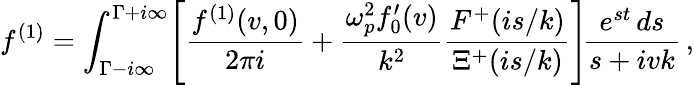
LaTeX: f^{(1)}=\int_{\Gamma-i\infty}^{\Gamma+i\infty}\! \left[\frac{f^{(1)}(v,0)}{2\pi i}+\frac{\omega_{p}^{2}f_{0}^{\prime}(v)}{k^{2}}\frac{F^{+}(is/k)}{\Xi^{+}(is/k)}\right]\! \frac{e^{st}\, ds}{s+ivk}\, ,